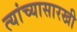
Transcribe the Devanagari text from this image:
त्यांच्यासारखी